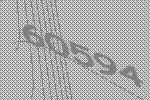
60594